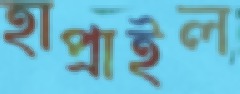
হাপ্‌রাইল